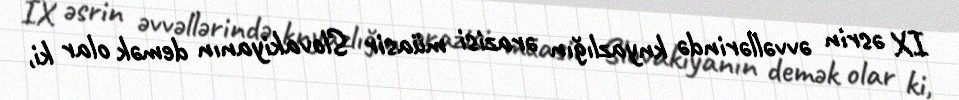
IX əsrin əvvəllərində knyazlığın ərazisi müasir Slovakiyanın demək olar ki,